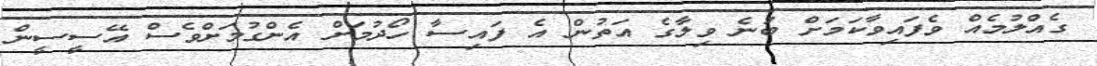
ގެއްލުމެއް ވެފައިވާކަަމަށް ބުނެ ވިލާގެ އަތުން އެ ފައިސާ ހޯދުމަށް އެންގުމަށްވެސް އޭސީސީން